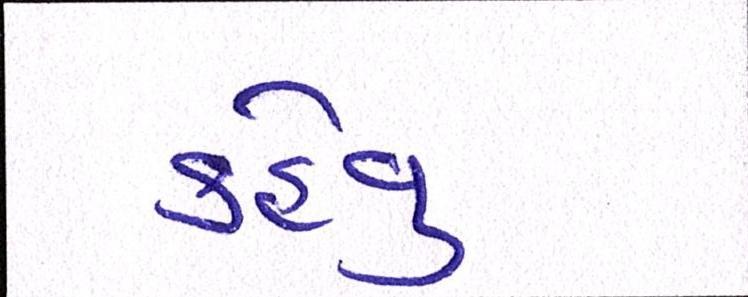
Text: કહેવુ